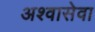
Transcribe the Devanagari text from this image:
अश्वासेवा